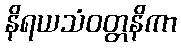
နိရယသံဝတ္တနိကာ